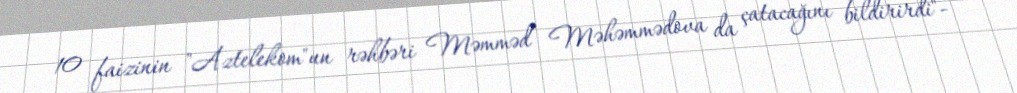
10 faizinin "Aztelekom"un rəhbəri Məmməd Məhəmmədova da çatacağını bildirirdi"-